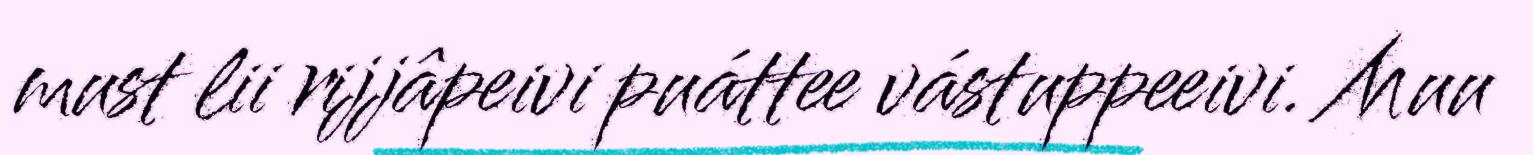
must lii rijjâpeivi puáttee vástuppeeivi. Muu